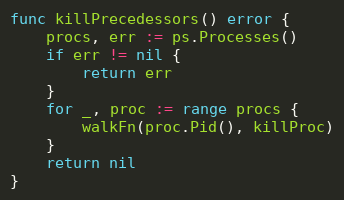
Language: Go
func killPrecedessors() error {
	procs, err := ps.Processes()
	if err != nil {
		return err
	}
	for _, proc := range procs {
		walkFn(proc.Pid(), killProc)
	}
	return nil
}